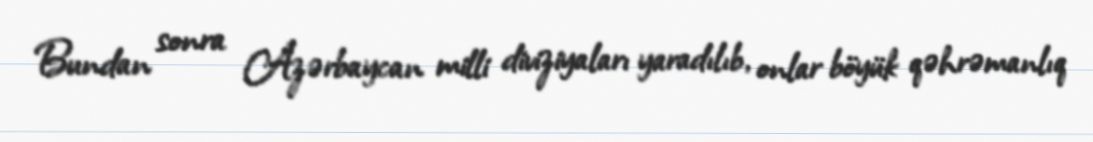
Bundan sonra Azərbaycan milli diviziyaları yaradılıb, onlar böyük qəhrəmanlıq